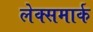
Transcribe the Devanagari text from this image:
लेक्समार्क